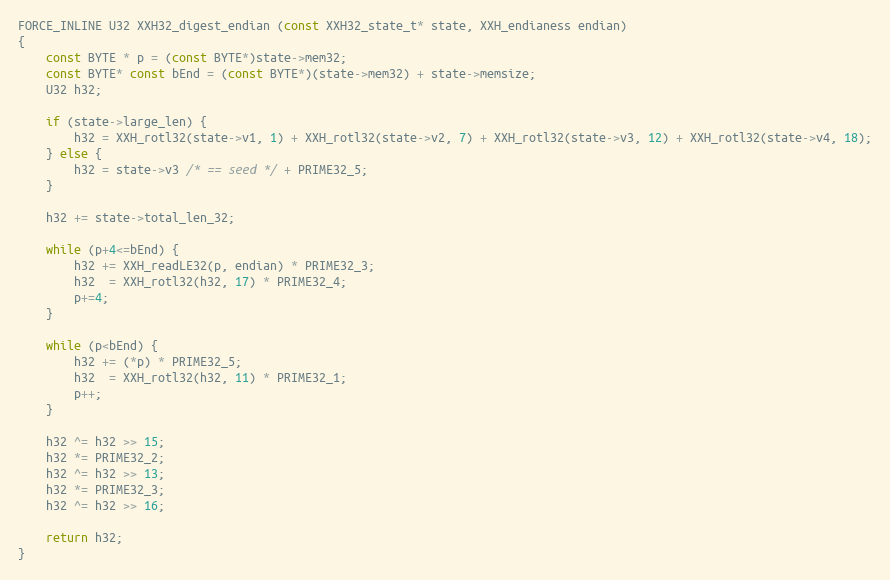
Language: C
FORCE_INLINE U32 XXH32_digest_endian (const XXH32_state_t* state, XXH_endianess endian)
{
    const BYTE * p = (const BYTE*)state->mem32;
    const BYTE* const bEnd = (const BYTE*)(state->mem32) + state->memsize;
    U32 h32;

    if (state->large_len) {
        h32 = XXH_rotl32(state->v1, 1) + XXH_rotl32(state->v2, 7) + XXH_rotl32(state->v3, 12) + XXH_rotl32(state->v4, 18);
    } else {
        h32 = state->v3 /* == seed */ + PRIME32_5;
    }

    h32 += state->total_len_32;

    while (p+4<=bEnd) {
        h32 += XXH_readLE32(p, endian) * PRIME32_3;
        h32  = XXH_rotl32(h32, 17) * PRIME32_4;
        p+=4;
    }

    while (p<bEnd) {
        h32 += (*p) * PRIME32_5;
        h32  = XXH_rotl32(h32, 11) * PRIME32_1;
        p++;
    }

    h32 ^= h32 >> 15;
    h32 *= PRIME32_2;
    h32 ^= h32 >> 13;
    h32 *= PRIME32_3;
    h32 ^= h32 >> 16;

    return h32;
}